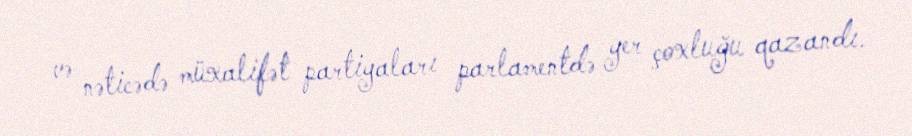
və nəticədə müxalifət partiyaları parlamentdə yer çoxluğu qazandı.